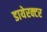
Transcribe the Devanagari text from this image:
डायेरक्टर